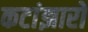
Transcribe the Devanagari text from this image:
कटांझारो